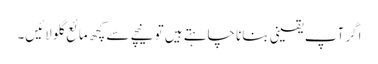
اگر آپ یقینی بنانا چاہتے ہیں تو نیچے سے کچھ مائع گلو لائیں۔